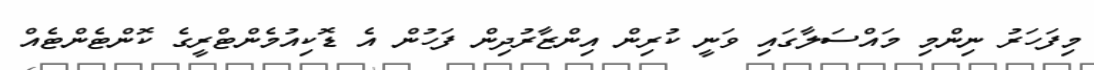
މިފަހަރު ނިންމި މައްސަލާގައި ވަނީ ކުރިން އިންޒާރުދިން ފަހުން އެ ޑޮކިއުމެންޓްރީގެ ކޮންޓެންޓެއް